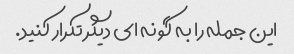
این جمله را به گونه ای دیگر تکرار کنید.